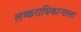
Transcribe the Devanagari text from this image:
लष्कराधिकाऱ्याला